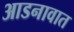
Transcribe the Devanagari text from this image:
आडनावात